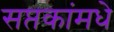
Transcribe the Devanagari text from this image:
सप्तकांमधे